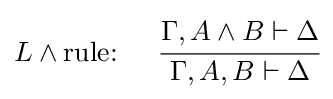
L\land {\text{rule: }}\quad {\cfrac {\Gamma ,A\land B\vdash \Delta }{\Gamma ,A,B\vdash \Delta }}